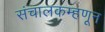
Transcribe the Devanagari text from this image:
संचालकम्हणून